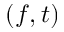
( f , t )